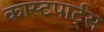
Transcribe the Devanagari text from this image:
कास्टपार्ट्स